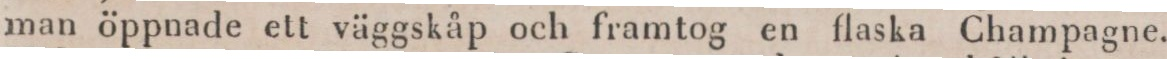
man öppnade ett väggskåp och framtog en flaska Champagne.